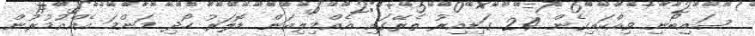
ސައިބޯނި ވިއްކައިގެން 24 ގަޑިއިރު ތެރޭގައި އެއްމިލިއަން ޑޮލަރު ހޯދި މަންމަ އެއްއުމުރުން